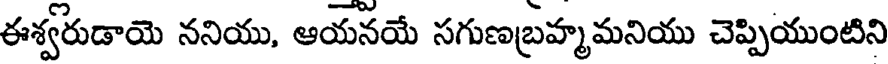
ఈశ్వరుడాయె ననియు, ఆయనయే సగుణబ్రహ్మమనియు చెప్పియుంటిని